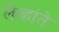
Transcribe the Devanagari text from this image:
लेव्हांते